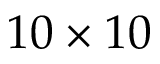
1 0 \times 1 0